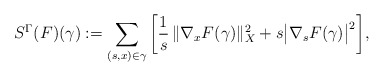
\begin{align*}S^\Gamma(F)(\gamma):=\sum_{(s,x)\in\gamma}\bigg[\frac1s\, \|\nabla_x F(\gamma)\|_X^2 +s\big|\nabla_s F(\gamma)\big|^2\bigg], \end{align*}